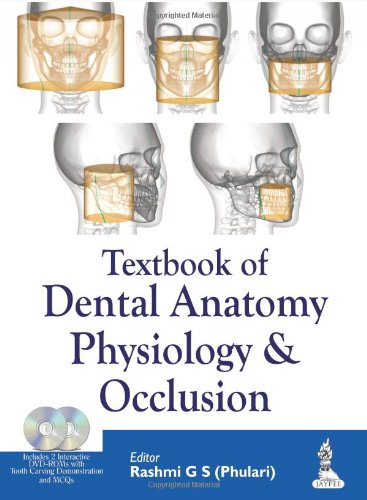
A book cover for Textbook of Dental Anatomy, Physiology and Occlusion; Medical Books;